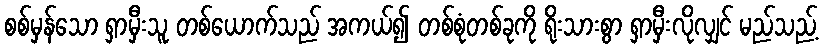
စစ်မှန်သော ရှာမှီးသူ တစ်ယောက်သည် အကယ်၍ တစ်စုံတစ်ခုကို ရိုးသားစွာ ရှာမှီးလိုလျှင် မည်သည့်